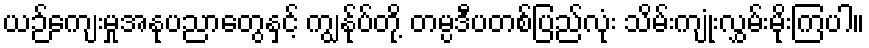
ယဉ်ကျေးမှုအနုပညာတွေနှင့် ကျွန်ုပ်တို့ တမ္ပဒီပတစ်ပြည်လုံး သိမ်းကျုံးလွှမ်းမိုးကြပါ။